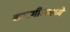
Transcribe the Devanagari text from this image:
कारगीलमध्ये